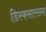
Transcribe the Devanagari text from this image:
डिस्कसारख्या